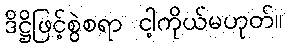
ဒိဋ္ဌိဖြင့်စွဲစရာ ငါ့ကိုယ်မဟုတ်။